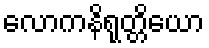
လောကနိရုတ္တိယော